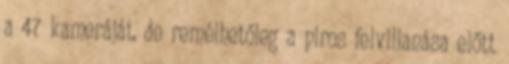
a 47 kameráját, de remélhetőleg a piros felvillanása előtt